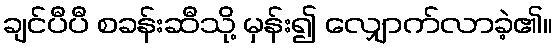
ချင်ပီပီ စခန်းဆီသို့ မှန်း၍ လျှောက်လာခဲ့၏။